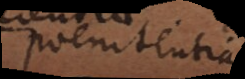
poenitentia